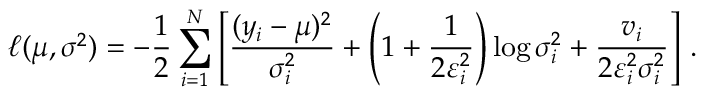
\small \ell ( \mu , \boldsymbol { \sigma ^ { 2 } } ) = - \frac { 1 } { 2 } \sum _ { i = 1 } ^ { N } \left[ \frac { ( y _ { i } - \mu ) ^ { 2 } } { \sigma _ { i } ^ { 2 } } + \left( 1 + \frac { 1 } { 2 \varepsilon _ { i } ^ { 2 } } \right) \log { \sigma _ { i } ^ { 2 } } + \frac { v _ { i } } { 2 \varepsilon _ { i } ^ { 2 } \sigma _ { i } ^ { 2 } } \right] \, .